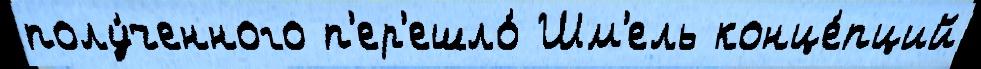
полу́ченного п'ер'ешло́ Шм'ель конце́пций